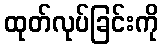
ထုတ်လုပ်ခြင်းကို